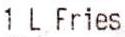
1 L FRIES